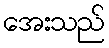
အေးသည်